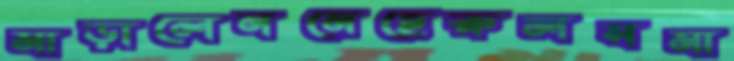
মাড়ালেনমেহেরুলসমা